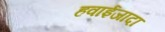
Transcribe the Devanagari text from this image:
हवाईजादा